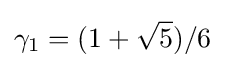
\gamma _{1}=(1+{\sqrt {5}})/6